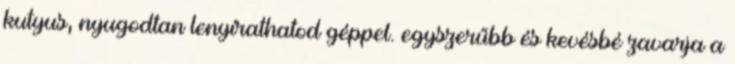
kutyus, nyugodtan lenyírathatod géppel. egyszerűbb és kevésbé zavarja a